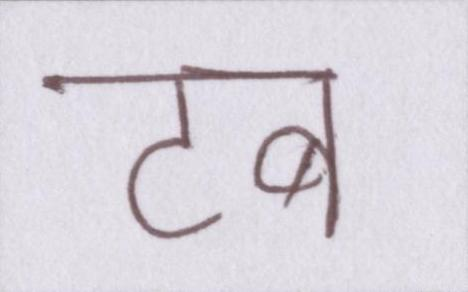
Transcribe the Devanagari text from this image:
टब